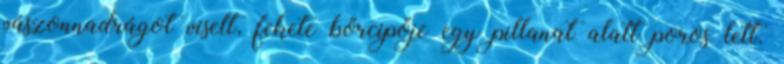
vászonnadrágot viselt, fekete bőrcipője egy pillanat alatt poros lett.